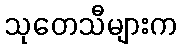
သုတေသီများက